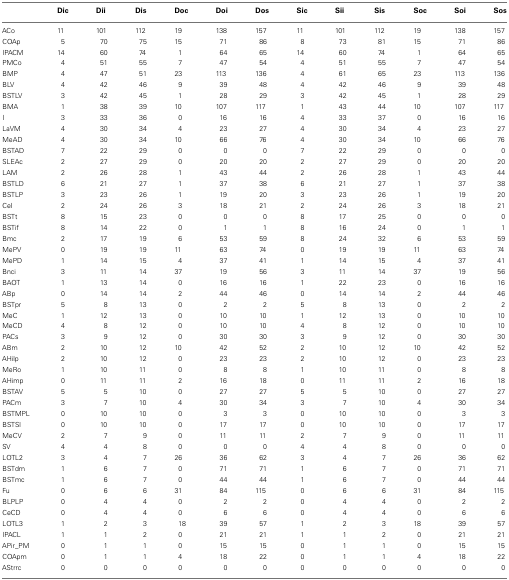
<table><thead><tr><td></td><td><b>Dic</b></td><td><b>Dii</b></td><td><b>Dis</b></td><td><b>Doc</b></td><td><b>Doi</b></td><td><b>Dos</b></td><td><b>Sic</b></td><td><b>Sii</b></td><td><b>Sis</b></td><td><b>Soc</b></td><td><b>Soi</b></td><td><b>Sos</b></td></tr></thead><tbody><tr><td>ACo</td><td>11</td><td>101</td><td>112</td><td>19</td><td>138</td><td>157</td><td>11</td><td>101</td><td>112</td><td>19</td><td>138</td><td>157</td></tr><tr><td>COAp</td><td>5</td><td>70</td><td>75</td><td>15</td><td>71</td><td>86</td><td>8</td><td>73</td><td>81</td><td>15</td><td>71</td><td>86</td></tr><tr><td>IPACM</td><td>14</td><td>60</td><td>74</td><td>1</td><td>64</td><td>65</td><td>14</td><td>60</td><td>74</td><td>1</td><td>64</td><td>65</td></tr><tr><td>PMCo</td><td>4</td><td>51</td><td>55</td><td>7</td><td>47</td><td>54</td><td>4</td><td>51</td><td>55</td><td>7</td><td>47</td><td>54</td></tr><tr><td>BMP</td><td>4</td><td>47</td><td>51</td><td>23</td><td>113</td><td>136</td><td>4</td><td>61</td><td>65</td><td>23</td><td>113</td><td>136</td></tr><tr><td>BLV</td><td>4</td><td>42</td><td>46</td><td>9</td><td>39</td><td>48</td><td>4</td><td>42</td><td>46</td><td>9</td><td>39</td><td>48</td></tr><tr><td>BSTLV</td><td>3</td><td>42</td><td>45</td><td>1</td><td>28</td><td>29</td><td>3</td><td>42</td><td>45</td><td>1</td><td>28</td><td>29</td></tr><tr><td>BMA</td><td>1</td><td>38</td><td>39</td><td>10</td><td>107</td><td>117</td><td>1</td><td>43</td><td>44</td><td>10</td><td>107</td><td>117</td></tr><tr><td>I</td><td>3</td><td>33</td><td>36</td><td>0</td><td>16</td><td>16</td><td>4</td><td>33</td><td>37</td><td>0</td><td>16</td><td>16</td></tr><tr><td>LaVM</td><td>4</td><td>30</td><td>34</td><td>4</td><td>23</td><td>27</td><td>4</td><td>30</td><td>34</td><td>4</td><td>23</td><td>27</td></tr><tr><td>MeAD</td><td>4</td><td>30</td><td>34</td><td>10</td><td>66</td><td>76</td><td>4</td><td>30</td><td>34</td><td>10</td><td>66</td><td>76</td></tr><tr><td>BSTAD</td><td>7</td><td>22</td><td>29</td><td>0</td><td>0</td><td>0</td><td>7</td><td>22</td><td>29</td><td>0</td><td>0</td><td>0</td></tr><tr><td>SLEAc</td><td>2</td><td>27</td><td>29</td><td>0</td><td>20</td><td>20</td><td>2</td><td>27</td><td>29</td><td>0</td><td>20</td><td>20</td></tr><tr><td>LAM</td><td>2</td><td>26</td><td>28</td><td>1</td><td>43</td><td>44</td><td>2</td><td>26</td><td>28</td><td>1</td><td>43</td><td>44</td></tr><tr><td>BSTLD</td><td>6</td><td>21</td><td>27</td><td>1</td><td>37</td><td>38</td><td>6</td><td>21</td><td>27</td><td>1</td><td>37</td><td>38</td></tr><tr><td>BSTLP</td><td>3</td><td>23</td><td>26</td><td>1</td><td>19</td><td>20</td><td>3</td><td>23</td><td>26</td><td>1</td><td>19</td><td>20</td></tr><tr><td>CeI</td><td>2</td><td>24</td><td>26</td><td>3</td><td>18</td><td>21</td><td>2</td><td>24</td><td>26</td><td>3</td><td>18</td><td>21</td></tr><tr><td>BSTt</td><td>8</td><td>15</td><td>23</td><td>0</td><td>0</td><td>0</td><td>8</td><td>17</td><td>25</td><td>0</td><td>0</td><td>0</td></tr><tr><td>BSTif</td><td>8</td><td>14</td><td>22</td><td>0</td><td>1</td><td>1</td><td>8</td><td>16</td><td>24</td><td>0</td><td>1</td><td>1</td></tr><tr><td>Bmc</td><td>2</td><td>17</td><td>19</td><td>6</td><td>53</td><td>59</td><td>8</td><td>24</td><td>32</td><td>6</td><td>53</td><td>59</td></tr><tr><td>MePV</td><td>0</td><td>19</td><td>19</td><td>11</td><td>63</td><td>74</td><td>0</td><td>19</td><td>19</td><td>11</td><td>63</td><td>74</td></tr><tr><td>MePD</td><td>1</td><td>14</td><td>15</td><td>4</td><td>37</td><td>41</td><td>1</td><td>14</td><td>15</td><td>4</td><td>37</td><td>41</td></tr><tr><td>Bnci</td><td>3</td><td>11</td><td>14</td><td>37</td><td>19</td><td>56</td><td>3</td><td>11</td><td>14</td><td>37</td><td>19</td><td>56</td></tr><tr><td>BAOT</td><td>1</td><td>13</td><td>14</td><td>0</td><td>16</td><td>16</td><td>1</td><td>22</td><td>23</td><td>0</td><td>16</td><td>16</td></tr><tr><td>ABp</td><td>0</td><td>14</td><td>14</td><td>2</td><td>44</td><td>46</td><td>0</td><td>14</td><td>14</td><td>2</td><td>44</td><td>46</td></tr><tr><td>BSTpr</td><td>5</td><td>8</td><td>13</td><td>0</td><td>2</td><td>2</td><td>5</td><td>8</td><td>13</td><td>0</td><td>2</td><td>2</td></tr><tr><td>MeC</td><td>1</td><td>12</td><td>13</td><td>0</td><td>10</td><td>10</td><td>1</td><td>12</td><td>13</td><td>0</td><td>10</td><td>10</td></tr><tr><td>MeCD</td><td>4</td><td>8</td><td>12</td><td>0</td><td>10</td><td>10</td><td>4</td><td>8</td><td>12</td><td>0</td><td>10</td><td>10</td></tr><tr><td>PACs</td><td>3</td><td>9</td><td>12</td><td>0</td><td>30</td><td>30</td><td>3</td><td>9</td><td>12</td><td>0</td><td>30</td><td>30</td></tr><tr><td>ABm</td><td>2</td><td>10</td><td>12</td><td>10</td><td>42</td><td>52</td><td>2</td><td>10</td><td>12</td><td>10</td><td>42</td><td>52</td></tr><tr><td>AHilp</td><td>2</td><td>10</td><td>12</td><td>0</td><td>23</td><td>23</td><td>2</td><td>10</td><td>12</td><td>0</td><td>23</td><td>23</td></tr><tr><td>MeRo</td><td>1</td><td>10</td><td>11</td><td>0</td><td>8</td><td>8</td><td>1</td><td>10</td><td>11</td><td>0</td><td>8</td><td>8</td></tr><tr><td>AHimp</td><td>0</td><td>11</td><td>11</td><td>2</td><td>16</td><td>18</td><td>0</td><td>11</td><td>11</td><td>2</td><td>16</td><td>18</td></tr><tr><td>BSTAV</td><td>5</td><td>5</td><td>10</td><td>0</td><td>27</td><td>27</td><td>5</td><td>5</td><td>10</td><td>0</td><td>27</td><td>27</td></tr><tr><td>PACm</td><td>3</td><td>7</td><td>10</td><td>4</td><td>30</td><td>34</td><td>3</td><td>7</td><td>10</td><td>4</td><td>30</td><td>34</td></tr><tr><td>BSTMPL</td><td>0</td><td>10</td><td>10</td><td>0</td><td>3</td><td>3</td><td>0</td><td>10</td><td>10</td><td>0</td><td>3</td><td>3</td></tr><tr><td>BSTSl</td><td>0</td><td>10</td><td>10</td><td>0</td><td>17</td><td>17</td><td>0</td><td>10</td><td>10</td><td>0</td><td>17</td><td>17</td></tr><tr><td>MeCV</td><td>2</td><td>7</td><td>9</td><td>0</td><td>11</td><td>11</td><td>2</td><td>7</td><td>9</td><td>0</td><td>11</td><td>11</td></tr><tr><td>SV</td><td>4</td><td>4</td><td>8</td><td>0</td><td>0</td><td>0</td><td>4</td><td>4</td><td>8</td><td>0</td><td>0</td><td>0</td></tr><tr><td>LOTL2</td><td>3</td><td>4</td><td>7</td><td>26</td><td>36</td><td>62</td><td>3</td><td>4</td><td>7</td><td>26</td><td>36</td><td>62</td></tr><tr><td>BSTdm</td><td>1</td><td>6</td><td>7</td><td>0</td><td>71</td><td>71</td><td>1</td><td>6</td><td>7</td><td>0</td><td>71</td><td>71</td></tr><tr><td>BSTmc</td><td>1</td><td>6</td><td>7</td><td>0</td><td>44</td><td>44</td><td>1</td><td>6</td><td>7</td><td>0</td><td>44</td><td>44</td></tr><tr><td>Fu</td><td>0</td><td>6</td><td>6</td><td>31</td><td>84</td><td>115</td><td>0</td><td>6</td><td>6</td><td>31</td><td>84</td><td>115</td></tr><tr><td>BLPLP</td><td>0</td><td>4</td><td>4</td><td>0</td><td>2</td><td>2</td><td>0</td><td>4</td><td>4</td><td>0</td><td>2</td><td>2</td></tr><tr><td>CeCD</td><td>0</td><td>4</td><td>4</td><td>0</td><td>6</td><td>6</td><td>0</td><td>4</td><td>4</td><td>0</td><td>6</td><td>6</td></tr><tr><td>LOTL3</td><td>1</td><td>2</td><td>3</td><td>18</td><td>39</td><td>57</td><td>1</td><td>2</td><td>3</td><td>18</td><td>39</td><td>57</td></tr><tr><td>IPACL</td><td>1</td><td>1</td><td>2</td><td>0</td><td>21</td><td>21</td><td>1</td><td>1</td><td>2</td><td>0</td><td>21</td><td>21</td></tr><tr><td>APir_PM</td><td>0</td><td>1</td><td>1</td><td>0</td><td>15</td><td>15</td><td>0</td><td>1</td><td>1</td><td>0</td><td>15</td><td>15</td></tr><tr><td>COApm</td><td>0</td><td>1</td><td>1</td><td>4</td><td>18</td><td>22</td><td>0</td><td>1</td><td>1</td><td>4</td><td>18</td><td>22</td></tr><tr><td>AStrrc</td><td>0</td><td>0</td><td>0</td><td>0</td><td>0</td><td>0</td><td>0</td><td>0</td><td>0</td><td>0</td><td>0</td><td>0</td></tr></tbody></table>